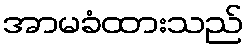
အာမခံထားသည်